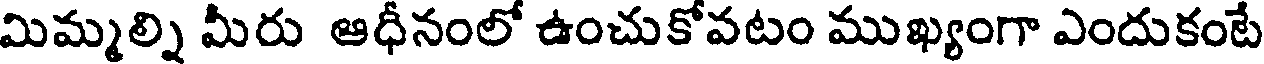
మిమ్మల్ని మీరు ఆధీనంలో ఉంచుకోవటం ముఖ్యంగా ఎందుకంటే